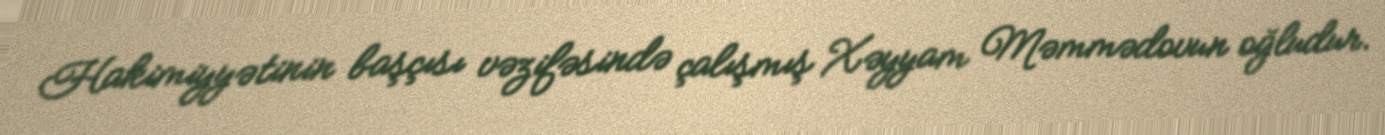
Hakimiyyətinin başçısı vəzifəsində çalışmış Xəyyam Məmmədovun oğludur.